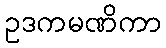
ဥဒကမဏိကာ